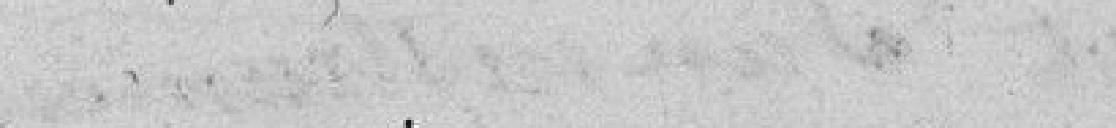
de sécurité pour l'avenir.